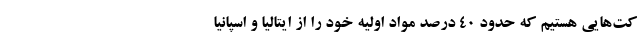
کت‌هایی هستیم که حدود ۴۰ درصد مواد اولیه خود را از ایتالیا و اسپانیا